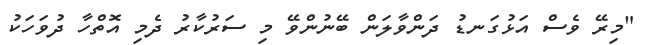
"މިރޭ ވެސް އަޅުގަނޑު ދަންވާލަން ބޭނުންވޭ މި ސަރުކާރު ދެމި އޮތްހާ ދުވަހަކު